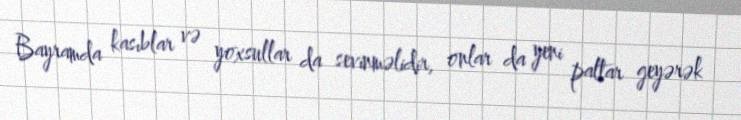
Bayramda kasıblar və yoxsullar da sevinməlidir, onlar da yeni paltar geyərək